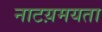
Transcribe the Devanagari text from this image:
नाटय़मयता